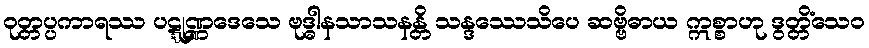
ဝုတ္တပ္ပကာရဿ ပဋ္ဋုဏ္ဏဒေသေ ဗုဒ္ဓါနသာသနန္တိ သန္ဒဿေသိပေ ဆဗ္ဗိဓာယ ဣစ္စာဟု ဒွတ္တိံသေဝ